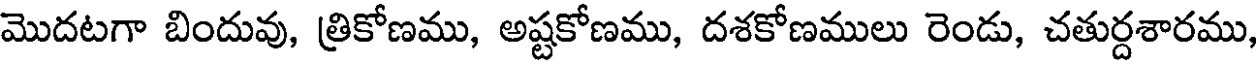
మొదటగా బిందువు, త్రికోణము, అష్టకోణము, దశకోణములు రెండు, చతుర్దశారము,